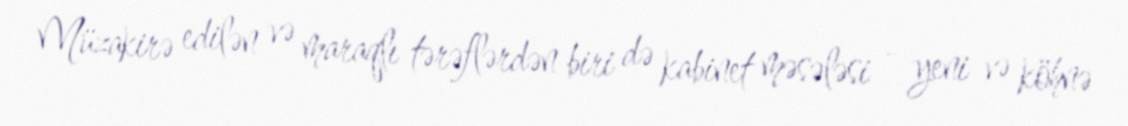
Müzakirə edilən və maraqlı tərəflərdən biri də kabinet məsələsi - yeni və köhnə